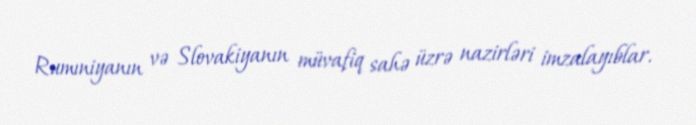
Rumıniyanın və Slovakiyanın müvafiq sahə üzrə nazirləri imzalayıblar.